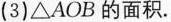
(3)△AOB的面积.